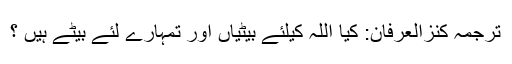
ترجمۂ کنزُالعِرفان: کیا اللہ کیلئے بیٹیاں اور تمہارے لئے بیٹے ہیں ؟